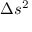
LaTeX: \Delta s ^ { 2 }